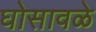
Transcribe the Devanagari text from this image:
घोसावळे